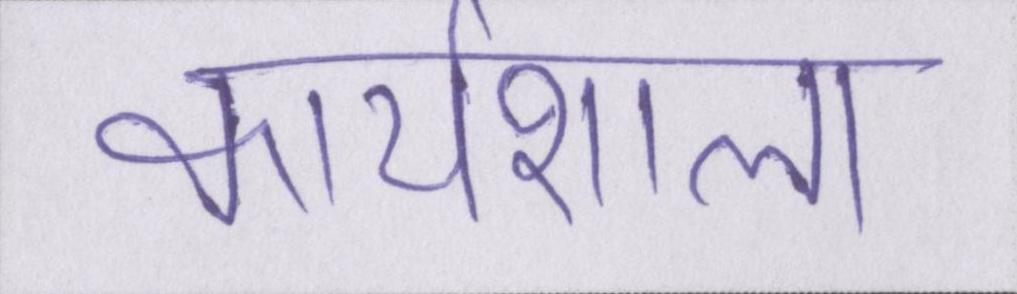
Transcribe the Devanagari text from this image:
कार्यशाला